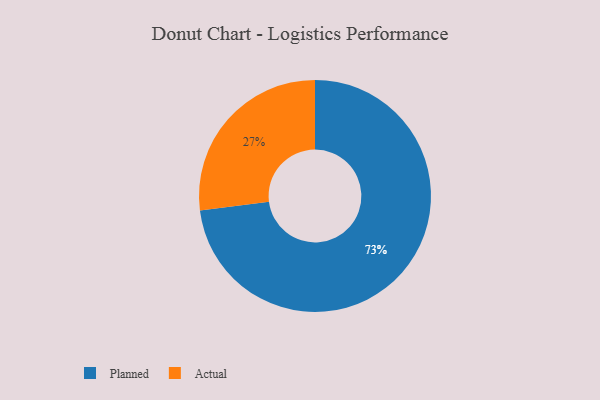
{"axis": {"x": "Category", "y": "Percentage"}, "legend": ["Actual", "Planned"], "data": [{"x": "Planned", "y": 73, "type": "Planned"}, {"x": "Actual", "y": 27, "type": "Actual"}]}